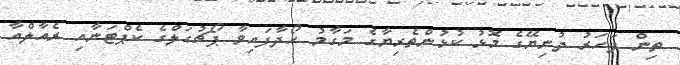
ތިން ފަހަރު ދުނިޔޭގެ މޮޅު ކުޅުންތެރިޔާގެ މަގާމު ހޯދާފައިވާ ޕޯޗުގަލްގެ ކެޕްޓަނާއި ރެއާލްއާ